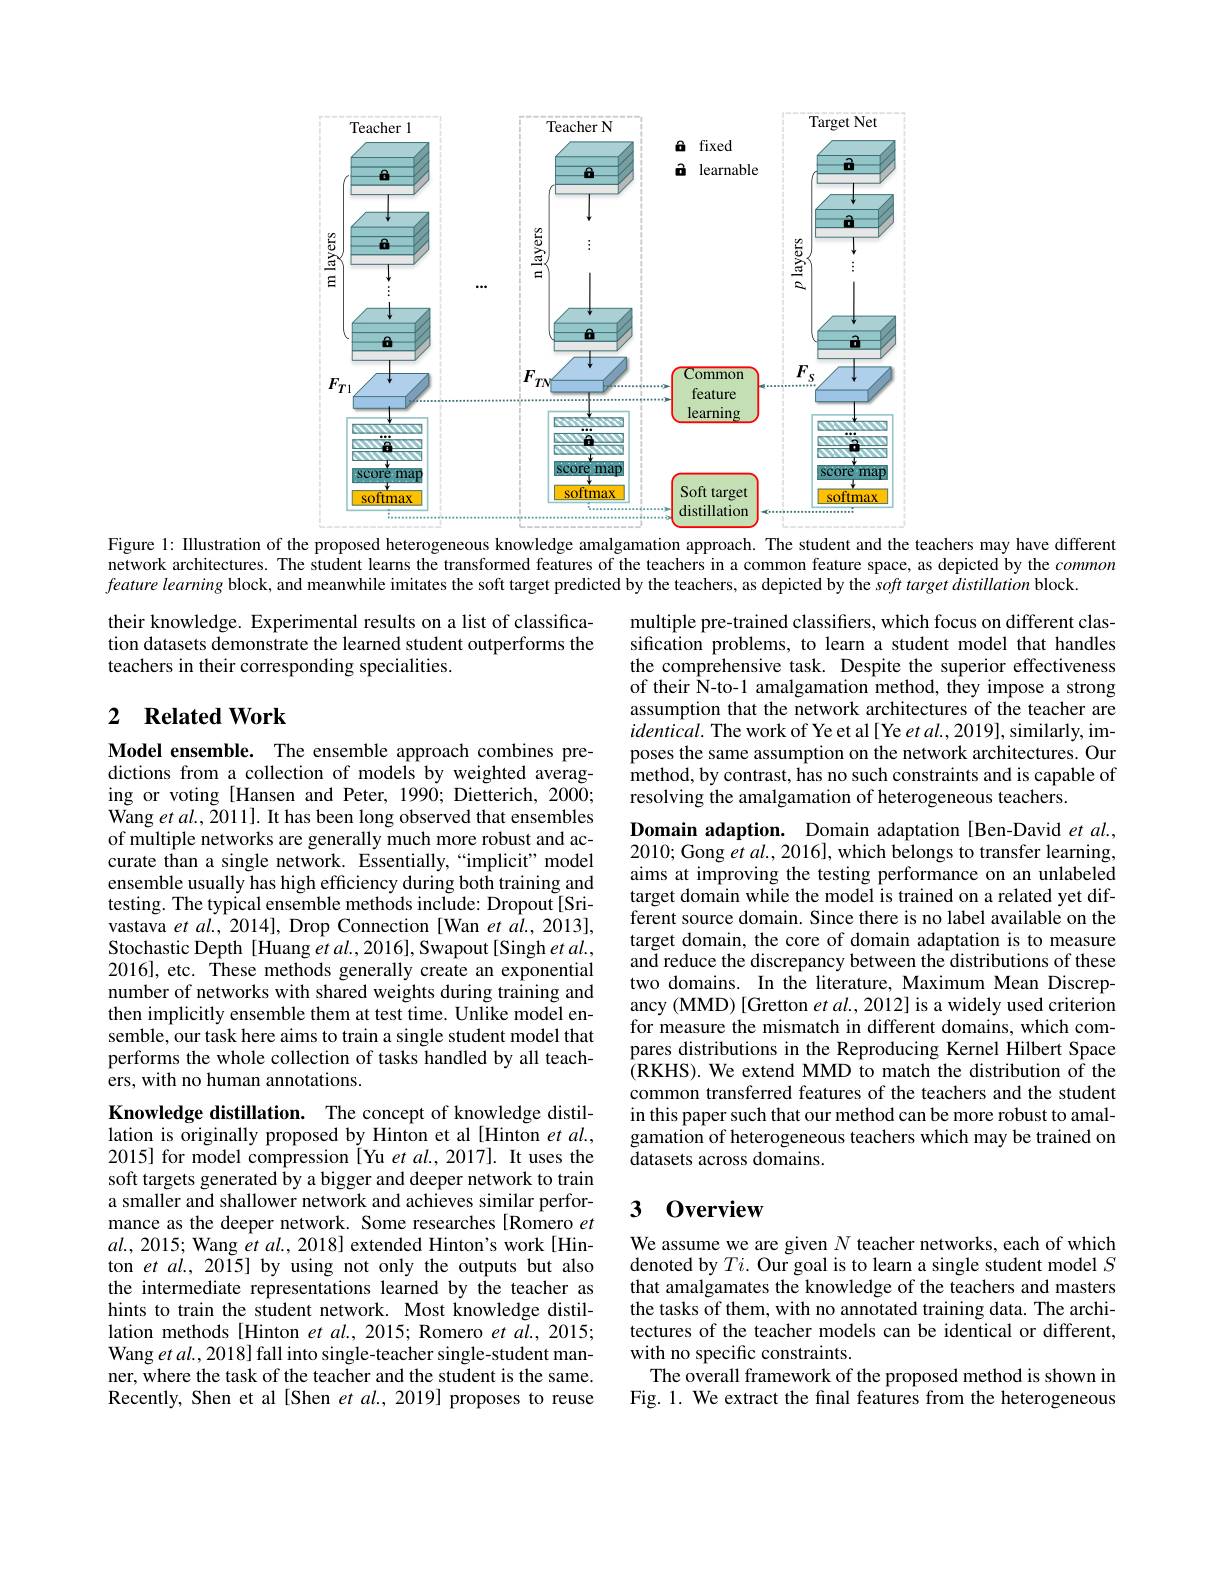
<FigureHere>
Figure 1: Illustration of the proposed heterogeneous knowledge amalgamation approach. The student and the teachers may have different

network architectures. The student learns the transformed features of the teachers in a common feature space, as depicted by the common
$feature\textit{ learning block, and meanwhile imitates the soft target predicted by the teachers, as depicted by the soft target distillation block. }$

their knowledge. Experimental results on a list of classification datasets demonstrate the learned student outperforms the teachers in their corresponding specialities.

multiple pre-trained classifiers, which focus on different classification problems, to learn a student model that handles the comprehensive task. Despite the superior effectiveness of their ÎN-to-1 amalgamation method, they impose a strong assumption that the network architectures of the teacher are $identical.$ The work of Ye et al[ Ye et al., 2019], similarly, imposes the same assumption on the network architectures. Our method, by contrast, has no such constraints and is capable of resolving the amalgamation of heterogeneous teachers.

## 2 $\textbf{Related Work}$

Model ensemble. The ensemble approach combines predictions from a collection of models by weighted averaging or voting [Hansen and Peter, 1990; Dietterich, 2000; Wang et al., Z011]. It has been long observed that ensembles of multiple networks are generally much more robust and accurate than a single network. Essentially,“implicit” model ensemble usually has high efficiency during both training and testing. The typical ensemble methods include: Dropout[Srivastava $etal.,2014]$, Drop Connection [Wan et al.,2013], Stochastic Depth [Huang et al., 2016], Swapout[Singh et al., 2016], etc. These methods generally create an exponential number of networks with shared weights during training and then implicitly ensemble them at test time. Unlike model ensemble, our task here aims to train a single student model that performs the whole collection of tasks handled by all teachers, with no human annotations.

Domain adaption. Domain adaptation [Ben-David et $al.$, 2010; Gong $etal.,2016]$,which belongs to transfer learning, aims at improving the testing performance on an unlabeled target domain while the model is trained on a related yet different source domain. Since there is no label available on the target domain, the core of domain adaptation is to measure and reduce the discrepancy between the distributions of these two domains. In the literature, Maximum Mean Discrepancy (MMD) [Gretton $et\textit{al. , 2012] is a widely used criterion}$ for measure the mismatch in different domains, which compares distributions in the Reproducing Kernel Hilbert Space $\hat{(}$RKHS). We extend MMD to match the distribution of the common transferred features of the teachers and the student in this paper such that our method can be more robust to amalgamation of heterogeneous teachers which may be trained on datasets across domains.

### $30\mathbf{verview}$

Knowledge distillation. The concept of knowledge distillation is originally proposed by Hinton et al [Hinton et al., 2015] for model compression[Yu $et$ al.,2017]. It uses the soft targets generated by a bigger and deeper network to train a smaller and shallower network and achieves similar performance as the deeper network. Some researches[Romero $et$ $al.,2015;$ Wang et al., 2018] extended Hinton's work[Hinton et al., 2015] by using not only the outputs but also the intermediate representations learned by the teacher as hints to train the student network. Most knowledge distillation methods [Hinton et al., 2015; Romero et al., 2015; Wang et al., 2018] fall into single-teacher single-student manner, where the task of the teacher and the student is the same. Recently, Shen et al [Shen et al., 2019] proposes to reuse

We assume we are given $N$ teacher networks, each of which denoted by $Ti.$ Our goal is to learn a single student model $S$ that amalgamates the knowledge of the teachers and masters the tasks of them, with no annotated training data. The architectures of the teacher models can be identical or different, with no specific constraints.
The overall framework of the proposed method is shown in Fig. 1. We extract the final features from the heterogeneous